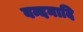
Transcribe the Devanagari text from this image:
वन्दनादि